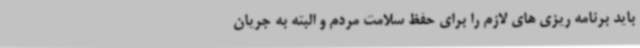
باید برنامه ریزی های لازم را برای حفظ سلامت مردم و البته به جریان